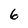
Character: 6